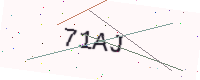
Text: 71AJ